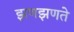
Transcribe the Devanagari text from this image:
झणझणते